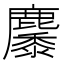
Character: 𪋩